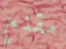
مقنع